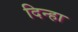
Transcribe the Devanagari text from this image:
दिन्हा